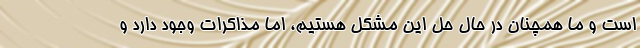
است و ما همچنان در حال حل این مشکل هستیم، اما مذاکرات وجود دارد و